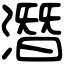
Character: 潛